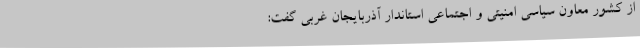
از کشور معاون سیاسی امنیتی و اجتماعی استاندار آذربایجان غربی گفت: